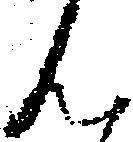
ん